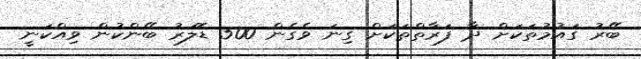
ބޭރު ގައުމުތަކަށް ދާ ފަރާތްތަކަށް ގިނަ ވެގެން 500 ޑޮލަރު ބޭންކުން ވިއްކަނީ